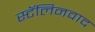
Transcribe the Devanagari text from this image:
स्टॅलिनवाद